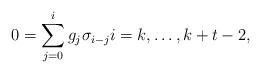
LaTeX: \begin{align*}0 = \sum\limits_{j=0}^{i} g_j \sigma_{i-j} i=k,\dots,k+t-2, \end{align*}